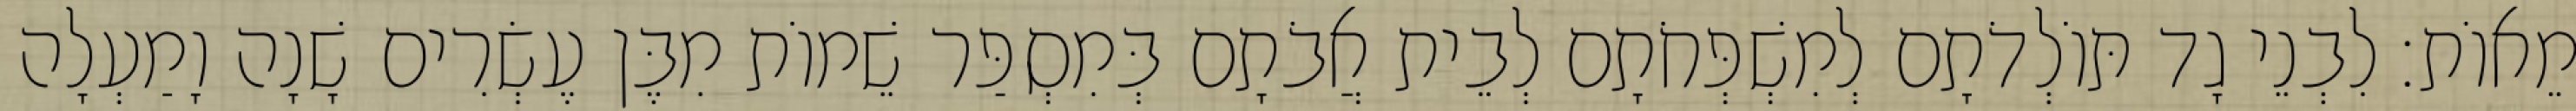
מֵאוֹת׃ לִבְנֵי גָד תּוֹלְדֹתָם לְמִשְׁפְּחֹתָם לְבֵית אֲבֹתָם בְּמִסְפַּר שֵׁמוֹת מִבֶּן עֶשְׂרִים שָׁנָה וָמַעְלָה